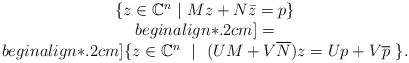
LaTeX: \begin{align*}\begin{array}{c}\{ z \in \mathbb{C}^n ~|~ Mz + N \bar{z} = p \} \\begin{align*}.2cm]= \\begin{align*}.2cm]\{ z \in \mathbb{C}^n ~~|~~ (UM + V\overline{N})z = Up + V\overline{p} ~ \}.\end{array}\end{align*}